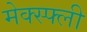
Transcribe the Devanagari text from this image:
मेक्स्फ्ली